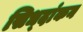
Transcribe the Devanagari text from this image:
सिध्दांकन